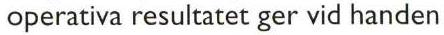
operativa resultatet ger vid handen